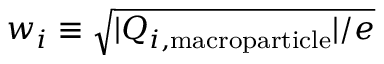
w _ { i } \equiv \sqrt { | Q _ { i , \mathrm { m a c r o p a r t i c l e } } | / e }